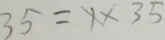
3 5 = 1 \times 3 5